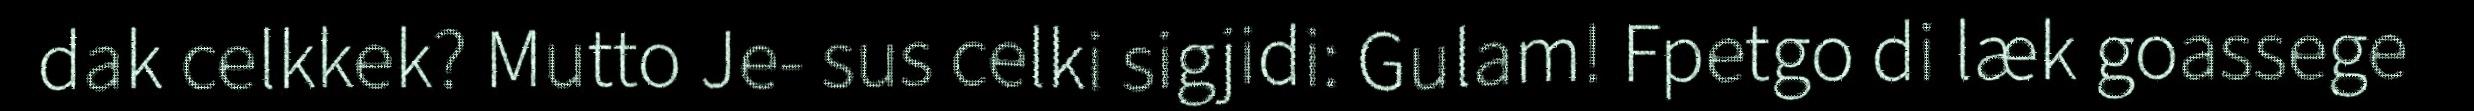
dak celkkek? Mutto Je- sus celki sigjidi: Gulam! Fpetgo di læk goassege